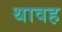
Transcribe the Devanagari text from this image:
थावह